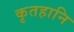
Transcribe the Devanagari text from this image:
कृतहानि